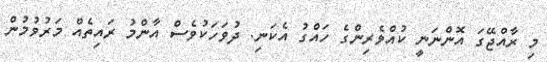
މި ރާއްޖޭގަ އޮންނަނީ ކުއްވެރިންގެ ހައްގު އެކަނި. ދުވަހަކުވެސް އާންމު ރައިތެއް މަރުވުމުން